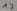
Text: 17